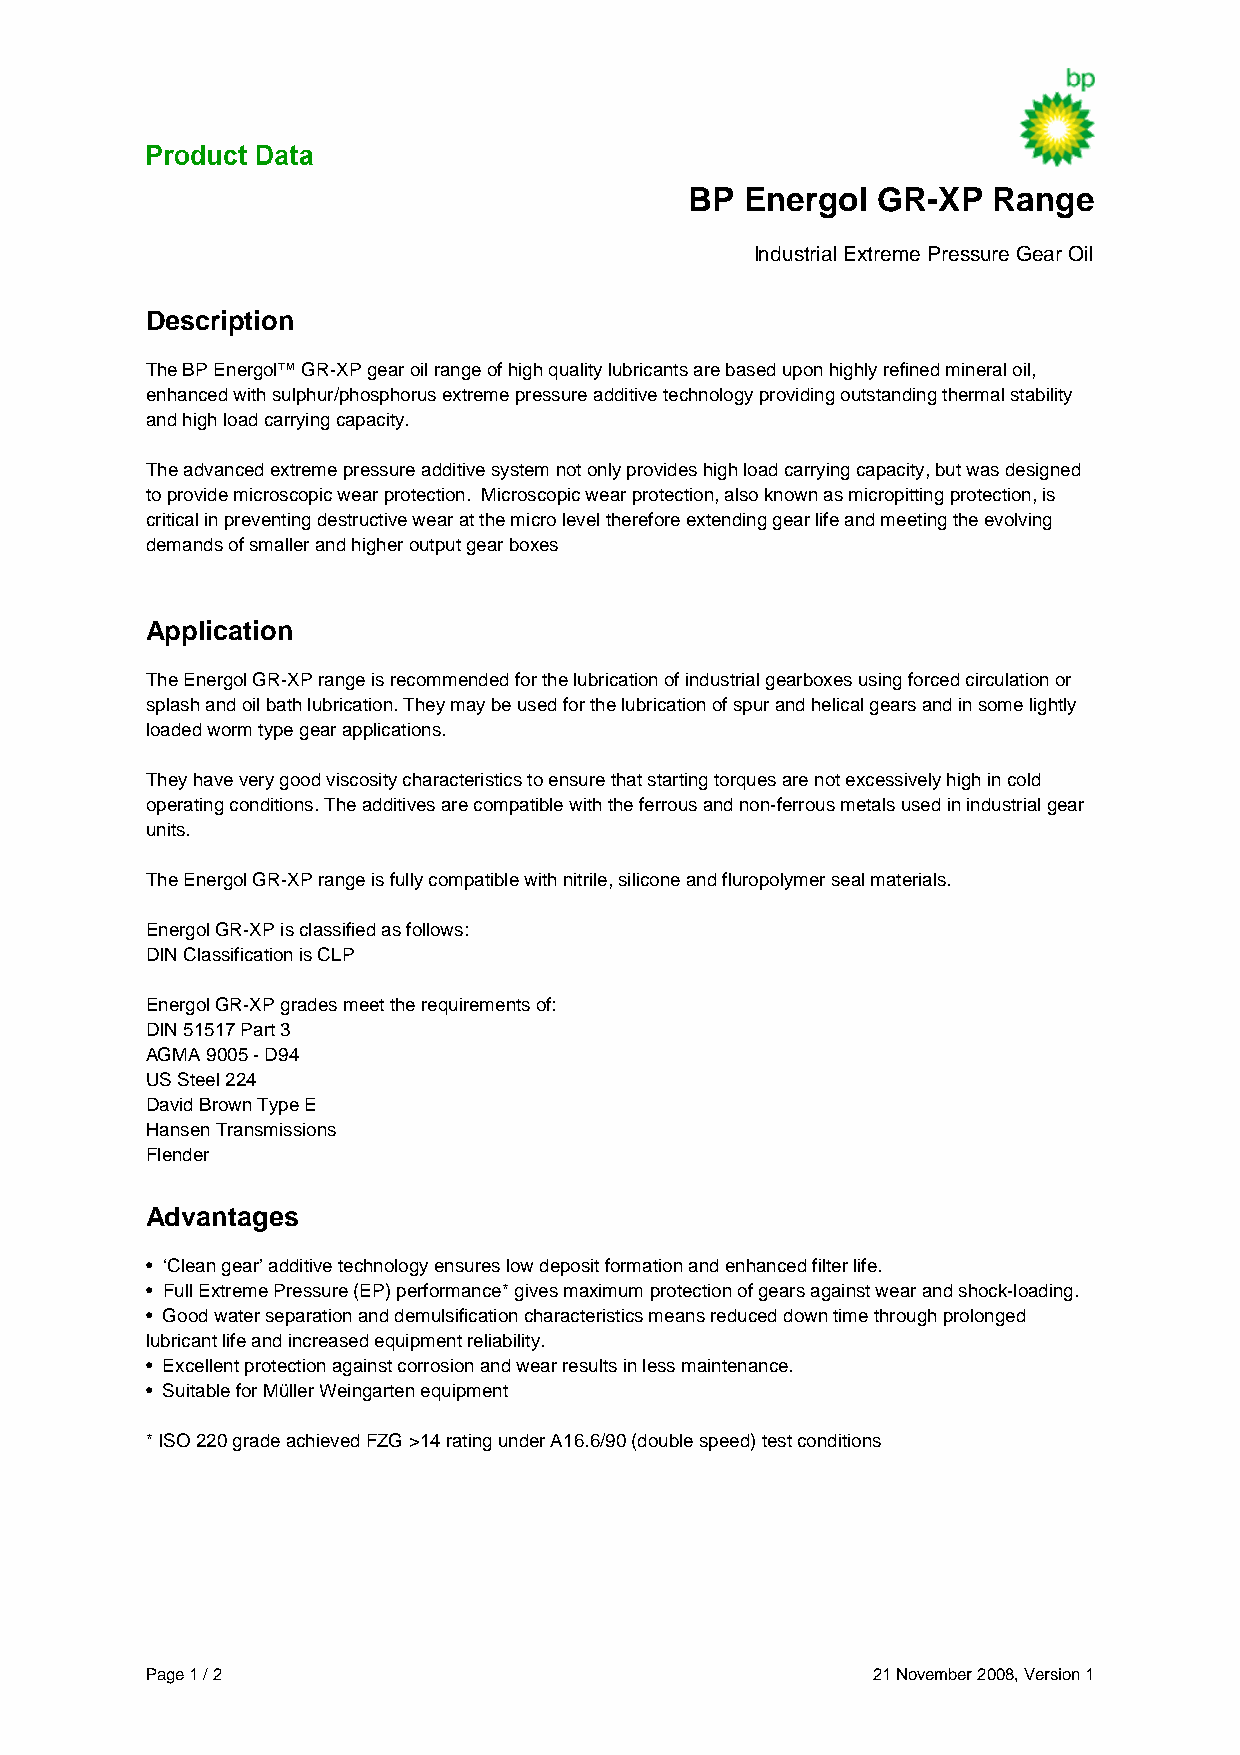
BP Energol  GR-XP   Range
 Industrial Extreme Pressure Gear Oil
 Description
 The BP Energol™ GR-XP gear oil range of high quality lubricants are based upon highly refined mineral oil,
 enhanced with sulphur/phosphorus extreme pressure additive technology providing outstanding thermal stability
 and high load carrying capacity.
 The advanced extreme pressure additive system not only provides high load carrying capacity, but was designed
 to provide microscopic wear protection. Microscopic wear protection, also known as micropitting protection, is
 critical in preventing destructive wear at the micro level therefore extending gear life and meeting the evolving
 demands of smaller and higher output gear boxes
 Application
 The Energol GR-XP range is recommended for the lubrication of industrial gearboxes using forced circulation or
 splash and oil bath lubrication. They may be used for the lubrication of spur and helical gears and in some lightly
 loaded worm type gear applications.
 They have very good viscosity characteristics to ensure that starting torques are not excessively high in cold
 operating conditions. The additives are compatible with the ferrous and non-ferrous metals used in industrial gear
 units.
 The Energol GR-XP range is fully compatible with nitrile, silicone and fluropolymer seal materials.
 Energol GR-XP is classified as follows:
 DIN Classification is CLP
 Energol GR-XP grades meet the requirements of:
 DIN 51517 Part 3
 AGMA 9005 - D94
 US Steel 224
 David Brown Type E
 Hansen Transmissions
 Flender
 Advantages
 • ‘Clean gear’ additive technology ensures low deposit formation and enhanced filter life.
 • Full Extreme Pressure (EP) performance* gives maximum protection of gears against wear and shock-loading.
 • Good water separation and demulsification characteristics means reduced down time through prolonged
 lubricant life and increased equipment reliability.
 • Excellent protection against corrosion and wear results in less maintenance.
 • Suitable for Müller Weingarten equipment
 * ISO 220 grade achieved FZG >14 rating under A16.6/90 (double speed) test conditions
 Page 1 / 2                                      21 November 2008, Version 1